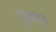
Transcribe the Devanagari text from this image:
पुरुषमुख